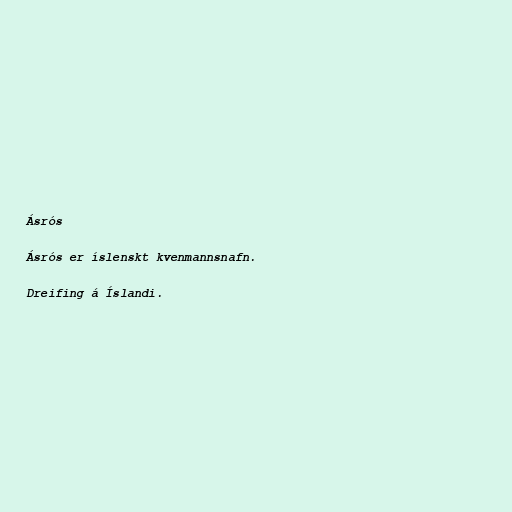
Ásrós

Ásrós er íslenskt kvenmannsnafn.

Dreifing á Íslandi.